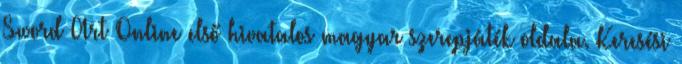
Sword Art Online első hivatalos magyar szerepjáték oldala. Keresési